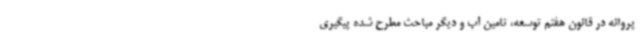
پروانه در قانون هفتم توسعه، تامین آب و دیگر مباحث مطرح شده پیگیری